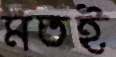
মতই